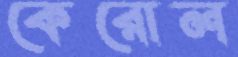
কেরোল